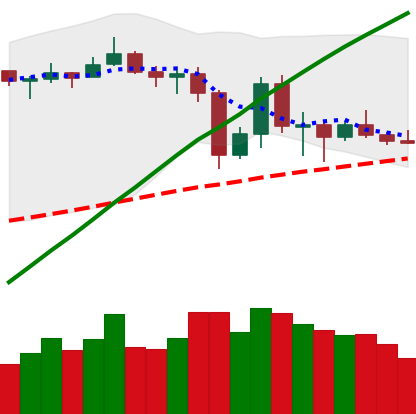
Ticker: LTC-USD
Chart end date: 2019-07-06
Forward return: -12.883%
Label: down_7plus